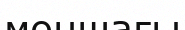
моншағы